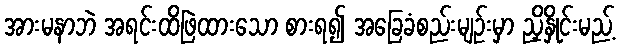
အားမနာဘဲ အရင်းထိဖြဲထားသော စားရ၍ အခြေခံစည်းမျဉ်းမှာ ညှိနှိုင်းမည့်